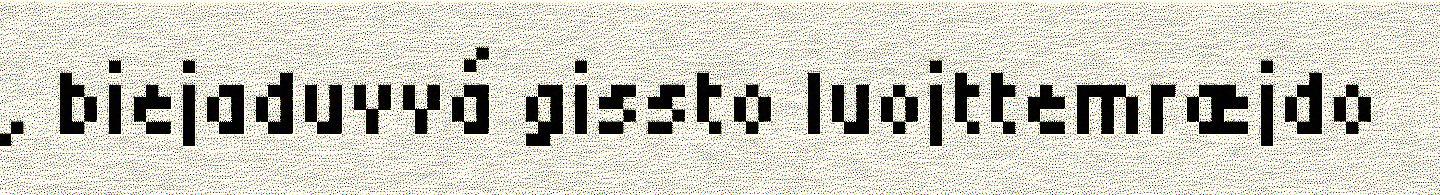
, biejaduvvá gissto luojttemræjdo